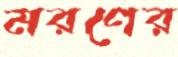
মরণের